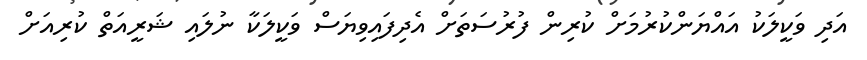
އަދި ވަކީލަކު އައްޔަންކުރުމަށް ކުރިން ފުރުސަތަށް އެދިފައިވިޔަސް ވަކީލަކާ ނުލައި ޝަރީއަތް ކުރިއަށް